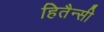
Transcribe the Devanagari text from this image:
हितैन्सी